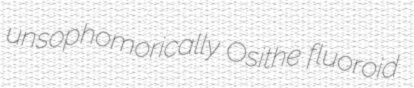
unsophomorically Osithe fluoroid